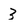
Character: 3